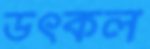
উৎকল